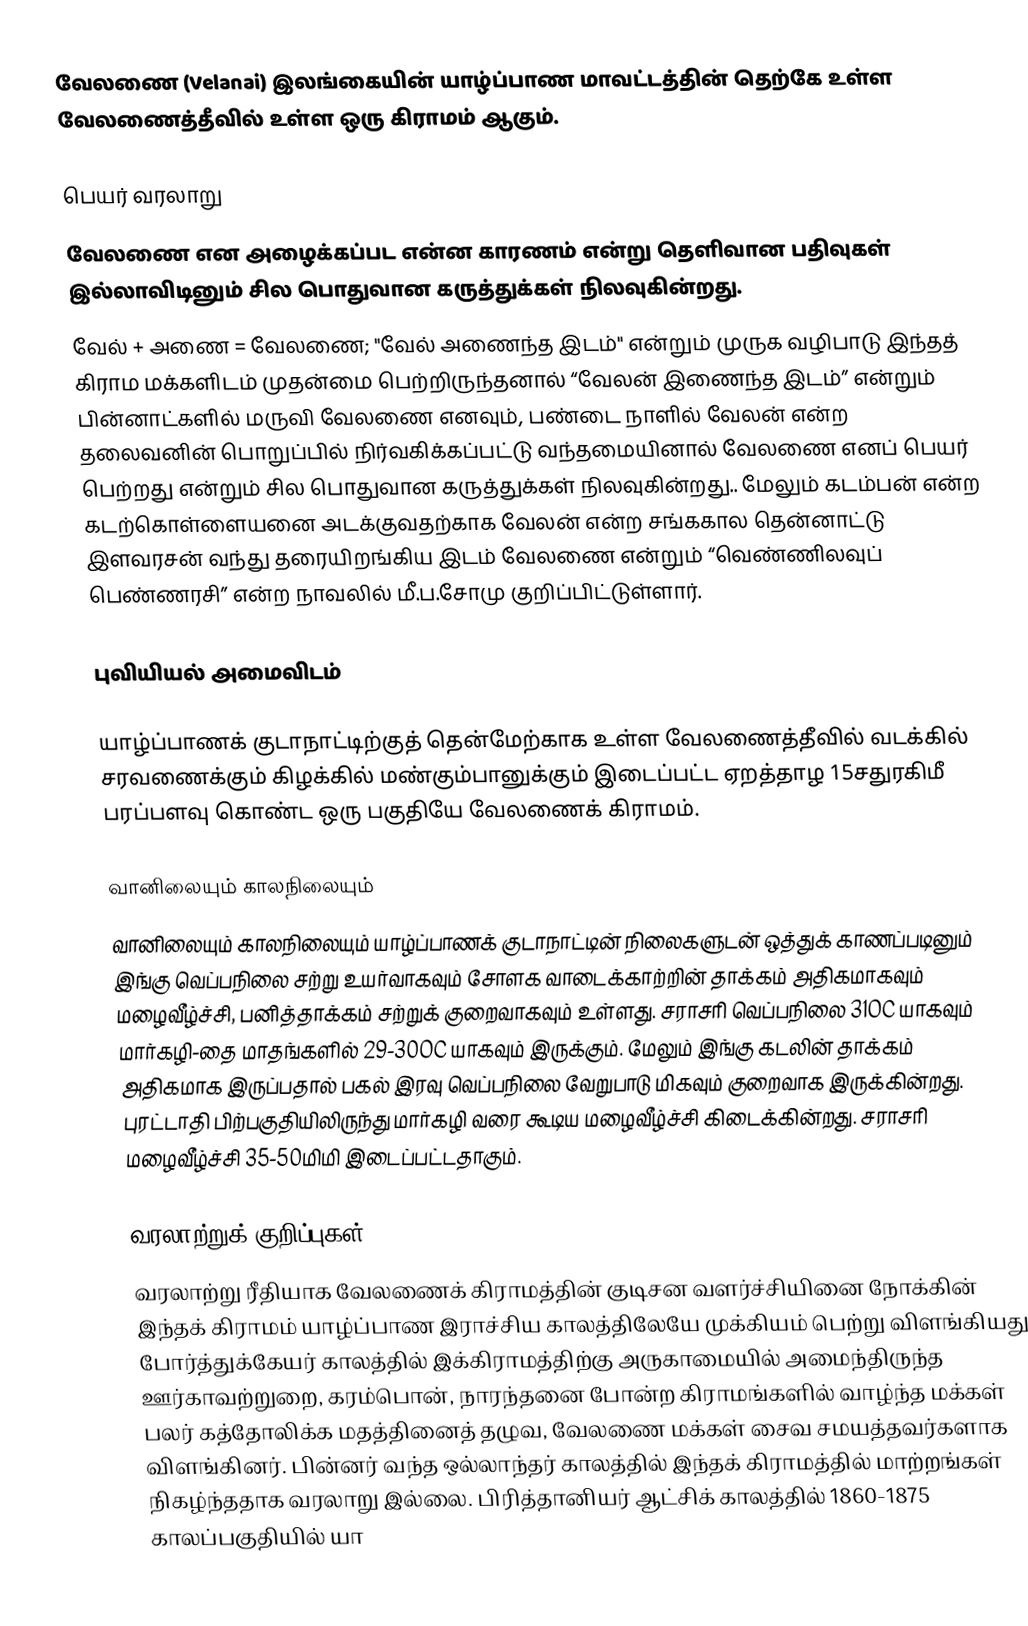
வேலணை (Velanai) இலங்கையின் யாழ்ப்பாண மாவட்டத்தின் தெற்கே உள்ள வேலணைத்தீவில் உள்ள ஒரு கிராமம் ஆகும்.

பெயர் வரலாறு
வேலணை என அழைக்கப்பட என்ன காரணம் என்று தெளிவான பதிவுகள் இல்லாவிடினும் சில பொதுவான கருத்துக்கள் நிலவுகின்றது.
வேல் + அணை = வேலணை; "வேல் அணைந்த இடம்" என்றும் முருக வழிபாடு இந்தத் கிராம மக்களிடம் முதன்மை பெற்றிருந்தனால் “வேலன் இணைந்த இடம்” என்றும் பின்னாட்களில் மருவி வேலணை எனவும், பண்டை நாளில் வேலன் என்ற தலைவனின் பொறுப்பில் நிர்வகிக்கப்பட்டு வந்தமையினால் வேலணை எனப் பெயர் பெற்றது என்றும் சில பொதுவான கருத்துக்கள் நிலவுகின்றது.. மேலும் கடம்பன் என்ற கடற்கொள்ளையனை அடக்குவதற்காக வேலன் என்ற சங்ககால தென்னாட்டு இளவரசன் வந்து தரையிறங்கிய இடம் வேலணை என்றும் “வெண்ணிலவுப் பெண்ணரசி” என்ற நாவலில் மீ.ப.சோமு குறிப்பிட்டுள்ளார்.

புவியியல் அமைவிடம்

யாழ்ப்பாணக் குடாநாட்டிற்குத் தென்மேற்காக உள்ள வேலணைத்தீவில் வடக்கில் சரவணைக்கும் கிழக்கில் மண்கும்பானுக்கும் இடைப்பட்ட ஏறத்தாழ 15சதுரகிமீ பரப்பளவு கொண்ட ஒரு பகுதியே வேலணைக் கிராமம்.

வானிலையும் காலநிலையும்
வானிலையும் காலநிலையும் யாழ்ப்பாணக் குடாநாட்டின் நிலைகளுடன் ஒத்துக் காணப்படினும் இங்கு வெப்பநிலை சற்று உயர்வாகவும் சோளக வாடைக்காற்றின் தாக்கம் அதிகமாகவும் மழைவீழ்ச்சி, பனித்தாக்கம் சற்றுக் குறைவாகவும் உள்ளது. சராசரி வெப்பநிலை 31OC யாகவும் மார்கழி-தை மாதங்களில் 29-30OC யாகவும் இருக்கும். மேலும் இங்கு கடலின் தாக்கம் அதிகமாக இருப்பதால் பகல் இரவு வெப்பநிலை வேறுபாடு மிகவும் குறைவாக இருக்கின்றது. புரட்டாதி பிற்பகுதியிலிருந்து மார்கழி வரை கூடிய மழைவீழ்ச்சி கிடைக்கின்றது. சராசரி மழைவீழ்ச்சி 35-50மிமி இடைப்பட்டதாகும்.

வரலாற்றுக் குறிப்புகள்
வரலாற்று ரீதியாக வேலணைக் கிராமத்தின் குடிசன வளர்ச்சியினை நோக்கின் இந்தக் கிராமம் யாழ்ப்பாண இராச்சிய காலத்திலேயே முக்கியம் பெற்று விளங்கியது. போர்த்துக்கேயர் காலத்தில் இக்கிராமத்திற்கு அருகாமையில் அமைந்திருந்த ஊர்காவற்றுறை, கரம்பொன், நாரந்தனை போன்ற கிராமங்களில் வாழ்ந்த மக்கள் பலர் கத்தோலிக்க மதத்தினைத் தழுவ, வேலணை மக்கள் சைவ சமயத்தவர்களாக விளங்கினர். பின்னர் வந்த ஒல்லாந்தர் காலத்தில் இந்தக் கிராமத்தில் மாற்றங்கள் நிகழ்ந்ததாக வரலாறு இல்லை. பிரித்தானியர் ஆட்சிக் காலத்தில் 1860-1875 காலப்பகுதியில் யா